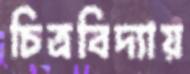
চিত্রবিদ্যায়